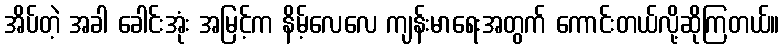
အိပ်တဲ့ အခါ ခေါင်းအုံး အမြင့်က နိမ့်လေလေ ကျန်းမာရေးအတွက် ကောင်းတယ်လို့ဆိုကြတယ်။